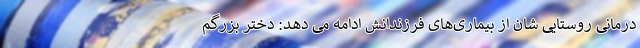
درمانی روستایی شان از بیماری‌های فرزندانش ادامه می دهد: دختر بزرگم